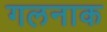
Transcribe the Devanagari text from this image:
गलनाक